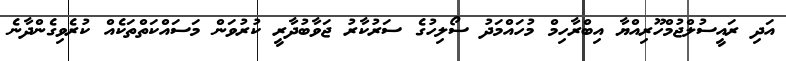
އަދި ރައީސުލްޖުމްހޫރިއްޔާ އިބްރާހިމް މުހައްމަދު ސޯލިހުގެ ސަރުކާރު ޖަވާބުދާރީ ކުރުވަން މަސައްކަތްތަކެއް ކުރެވިގެންދާނެ